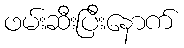
ဖမ်းဆီးပြီးနောက်